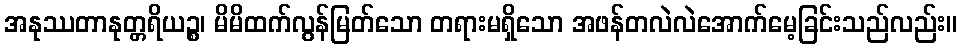
အနုဿတာနုတ္တရိယဉ္စ၊ မိမိထက်လွန်မြတ်သော တရားမရှိသော အဖန်တလဲလဲအောက်မေ့ခြင်းသည်လည်း။